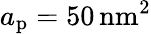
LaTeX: a_{\mathrm{p}}=50{\mathrm{\, nm}}^{2}